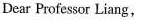
Dear Professor Liang，